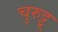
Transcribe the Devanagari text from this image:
चुरुट्टू